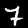
Label: 7